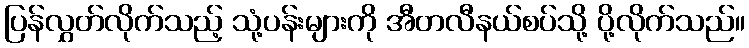
ပြန်လွှတ်လိုက်သည့် သုံ့ပန်းများကို အီတလီနယ်စပ်သို့ ပို့လိုက်သည်။